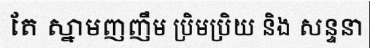
តែ ស្នាមញញឹម ប្រិមប្រិយ និង សន្ទនា